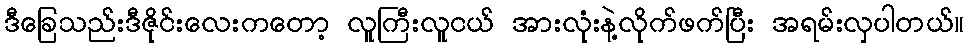
ဒီခြေသည်းဒီဇိုင်းလေးကတော့ လူကြီးလူငယ် အားလုံးနဲ့လိုက်ဖက်ပြီး အရမ်းလှပါတယ်။